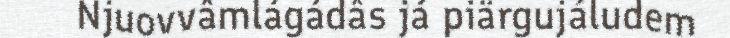
Njuovvâmlágádâs já piärgujáludem